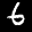
Label: 6